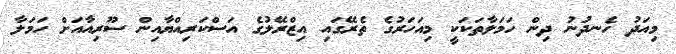
މިއަދު ހެނދުނު ދިން ހަމަލާތަކަކީ މިއަހަރުގެ ތެރޭގައި އިޒްރޭލުގެ އަސްކަރިއްޔާއިން ސޫރިއާއަށް ހަމަލާ